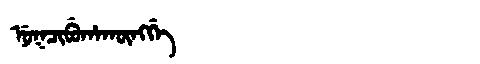
Manchu: ᠨᡠᡴᠴᡳᠪᡠᡥᠠᡴᡡᠩᡤᡝ
Romanization: NUKCIBUHAKŪNGGE